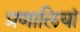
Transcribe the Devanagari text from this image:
प्रणालियॉ